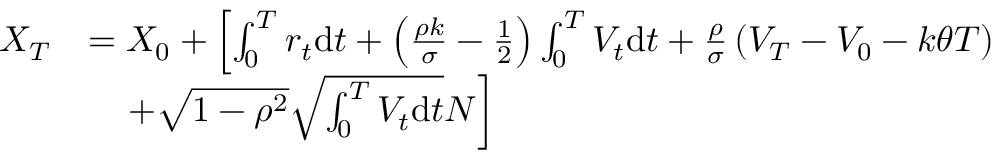
\begin{array} { r l } { X _ { T } } & { = X _ { 0 } + \left[ \int _ { 0 } ^ { T } r _ { t } \mathrm { d } t + \left( \frac { \rho k } { \sigma } - \frac { 1 } { 2 } \right) \int _ { 0 } ^ { T } V _ { t } \mathrm { d } t + \frac { \rho } { \sigma } \left( V _ { T } - V _ { 0 } - k \theta T \right) \right. } \\ & { \quad \left. + \sqrt { 1 - \rho ^ { 2 } } \sqrt { \int _ { 0 } ^ { T } V _ { t } \mathrm { d } t } N \right] } \end{array}